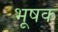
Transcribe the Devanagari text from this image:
भूषक